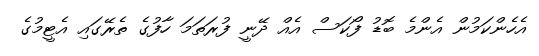
އެހެންކަމުން އެންމެ ބޮޑު ފޯކަސް އެއް ދޭނީ ފުރަތަމަ ހާފުގެ ތެރޭގައި އެޓީމުގެ